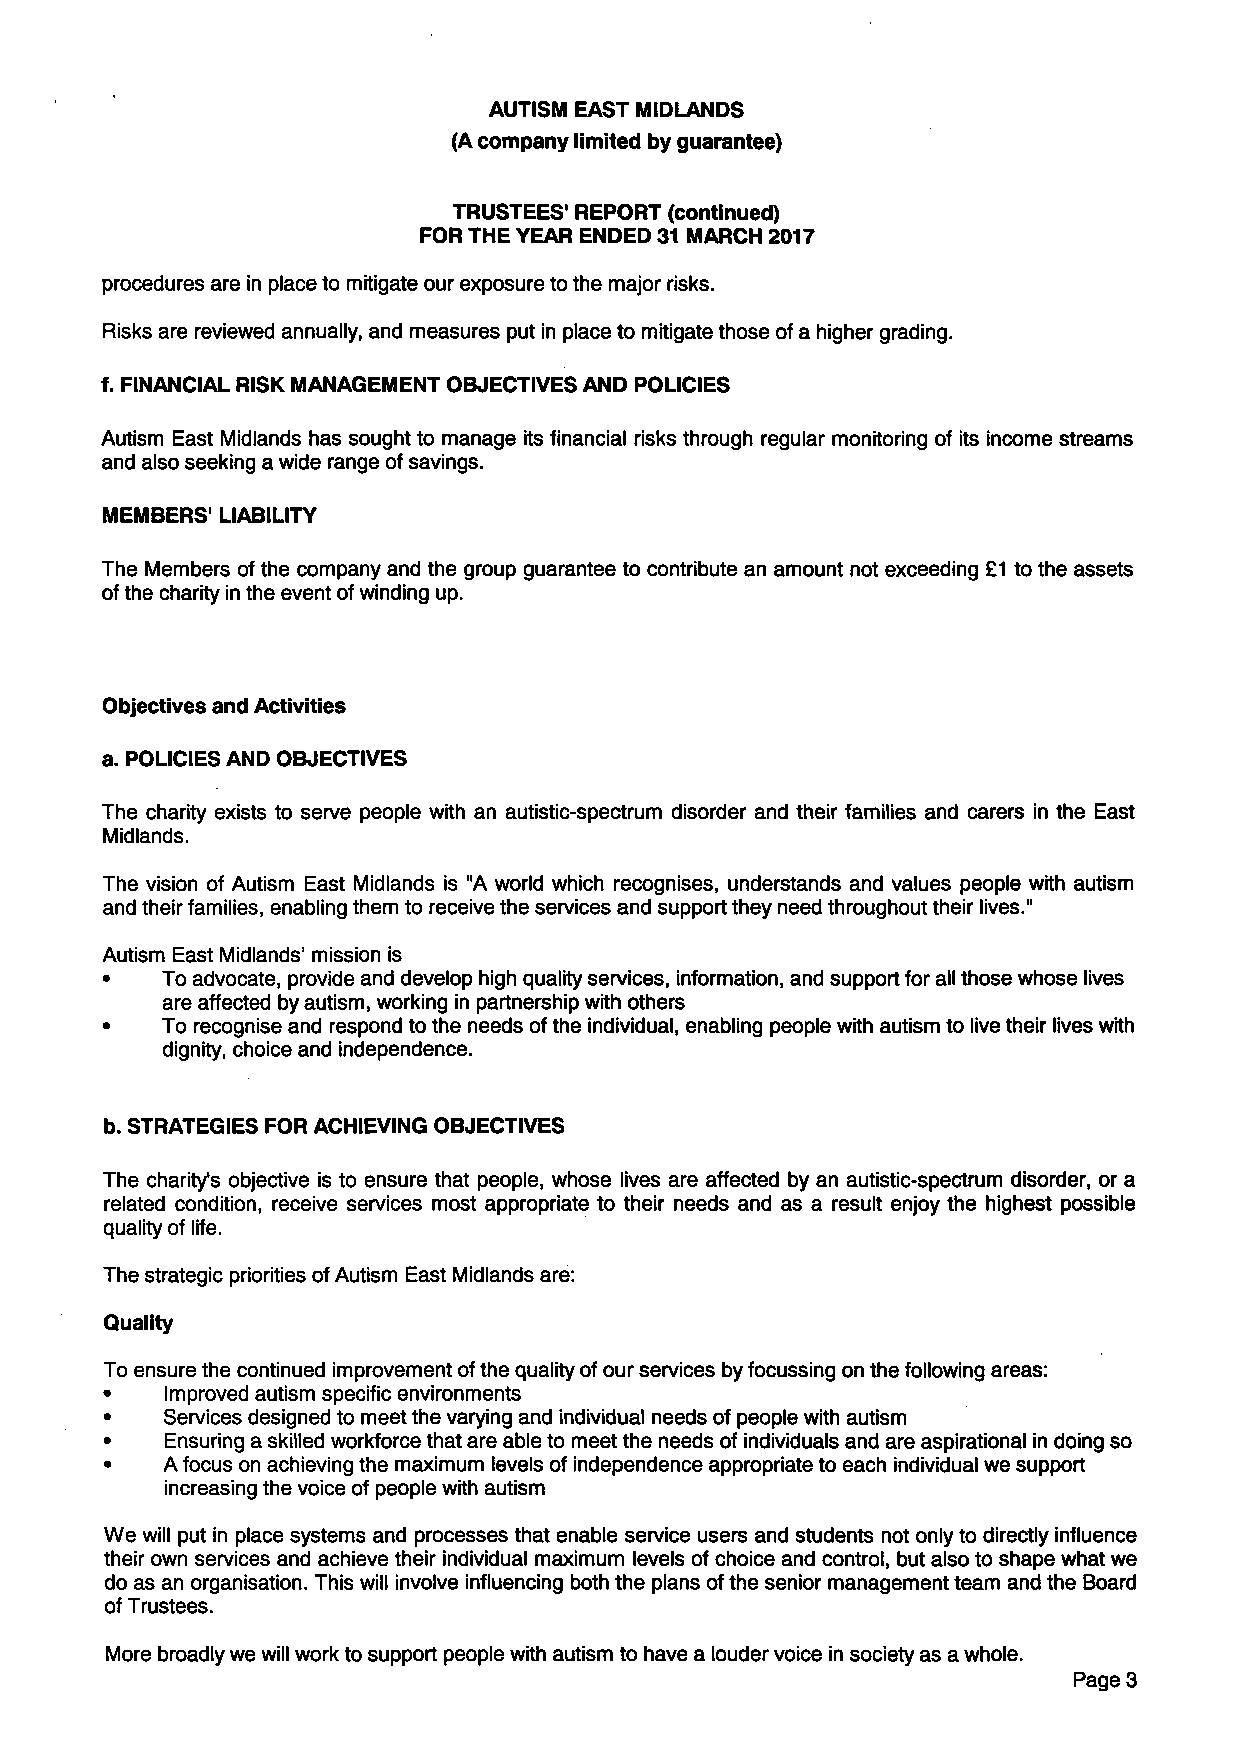
AUTISM EAST MIDLANDS
 (A company limited by guarantee)
 TRUSTEES' REPORT (continued)
 FOR THE YEAR ENDED 31 MARCH 2017
 procedures are in place to mitigate our exposure to the major risks.
 Risks are reviewed annually, and measures put in place to mitigate those of a higher grading.
 f. FINANCIAL RISK MANAGEMENT OBJECTIVES AND POLICIES
 Autism East Midlands has sought to manage its financial risks through regular monitoring of its income streams
 and also seeking a wide range of savings.
 MEMBERS' LIABILITY
 The Members of the company and the group guarantee to contribute an amount not exceeding £1 to the assets
 of the charity in the event of winding up.
 Objectives and Activities
 a. POLICIES AND OBJECTIVES
 The charity exists to serve people with an autistic-spectrum disorder and their families and carers in the East
 Midlands.
 The vision of Autism East Midlands is "A world which recognises, understands and values people with autism
 and their families, enabling them to receive the services and support they need throughout their lives."
 Autism East Midlands' mission is
 •   To advocate, provide and develop high quality services, information, and support for all those whose lives
 are affected by autism, working in partnership with others
 •   To recognise and respond to the needs of the individual, enabling people with autism to live their lives with
 dignity, choice and independence.
 b. STRATEGIES FOR ACHIEVING OBJECTIVES
 The charity's objective is to ensure that people, whose lives are affected by an autistic-spectrum disorder, or a
 related condition, receive services most appropriate to their needs and as a result enjoy the highest possible
 quality of life.
 The strategic priorities of Autism East Midlands are:
 Quality
 To ensure the continued improvement of the quality of our services by focussing on the following areas:
 •   Improved autism specific environments
 •   Services designed to meet the varying and individual needs of people with autism
 •   Ensuring a skilled workforce that are able to meet the needs of individuals and are aspirational in doing so
 •   A focus on achieving the maximum levels of independence appropriate to each individual we support
 increasing the voice of people with autism
 We will put in place systems and processes that enable service users and students not only to directly influence
 their own services and achieve their individual maximum levels of choice and control, but also to shape what we
 do as an organisation. This will involve influencing both the plans of the senior management team and the Board
 of Trustees.
 More broadly we will work to support people with autism to have a louder voice in society as a whole.
 Page 3